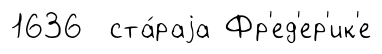
1636 ста́раjа Фр'ед'ер'ик'е